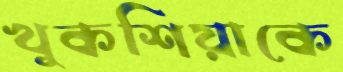
খুকশিয়াকে